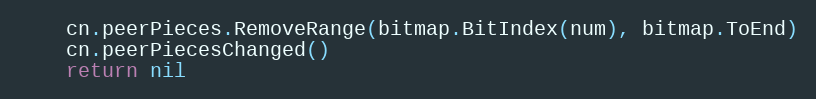
Language: Go
	cn.peerPieces.RemoveRange(bitmap.BitIndex(num), bitmap.ToEnd)
	cn.peerPiecesChanged()
	return nil